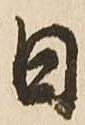
日